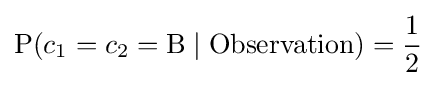
\mathrm {P} (c_{1}=c_{2}=\mathrm {B} \mid \mathrm {Observation} )={\frac {1}{2}}